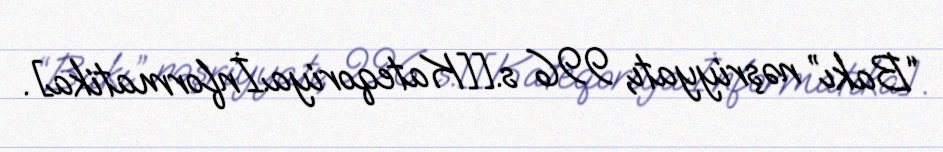
“Bakı” nəşriyyatı, 996 s.[[Kateqoriya:İnformatika].